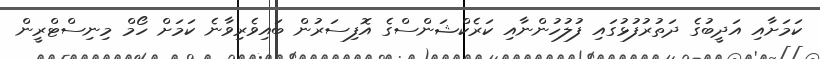
ކަމަށާއި އަދީބުގެ ދަތުރުފުޅުގައި ފުލުހުންނާއި ކަރެކްޝަންސްގެ އޮފިސަރުން ބައިވެރިވާނެ ކަމަށް ހޯމް މިނިސްޓްރީން